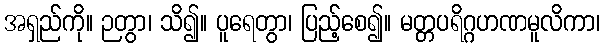
အရှည်ကို။ ဉတွာ၊ သိ၍။ ပူရေတွာ၊ ပြည့်စေ၍။ မတ္တပရိဂ္ဂဟဏမူလိကာ၊